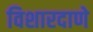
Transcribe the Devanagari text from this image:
विशारदाणे